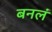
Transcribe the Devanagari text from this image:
बनलं